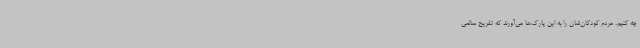
چه کنیم. مردم کودکان‌شان را به این پارک‌ها می‌آورند که تفریح سالمی